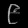
Digit: ၉